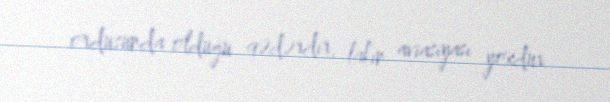
ordusunda olduğu qədərdir, lakin aviasiyası yoxdur.